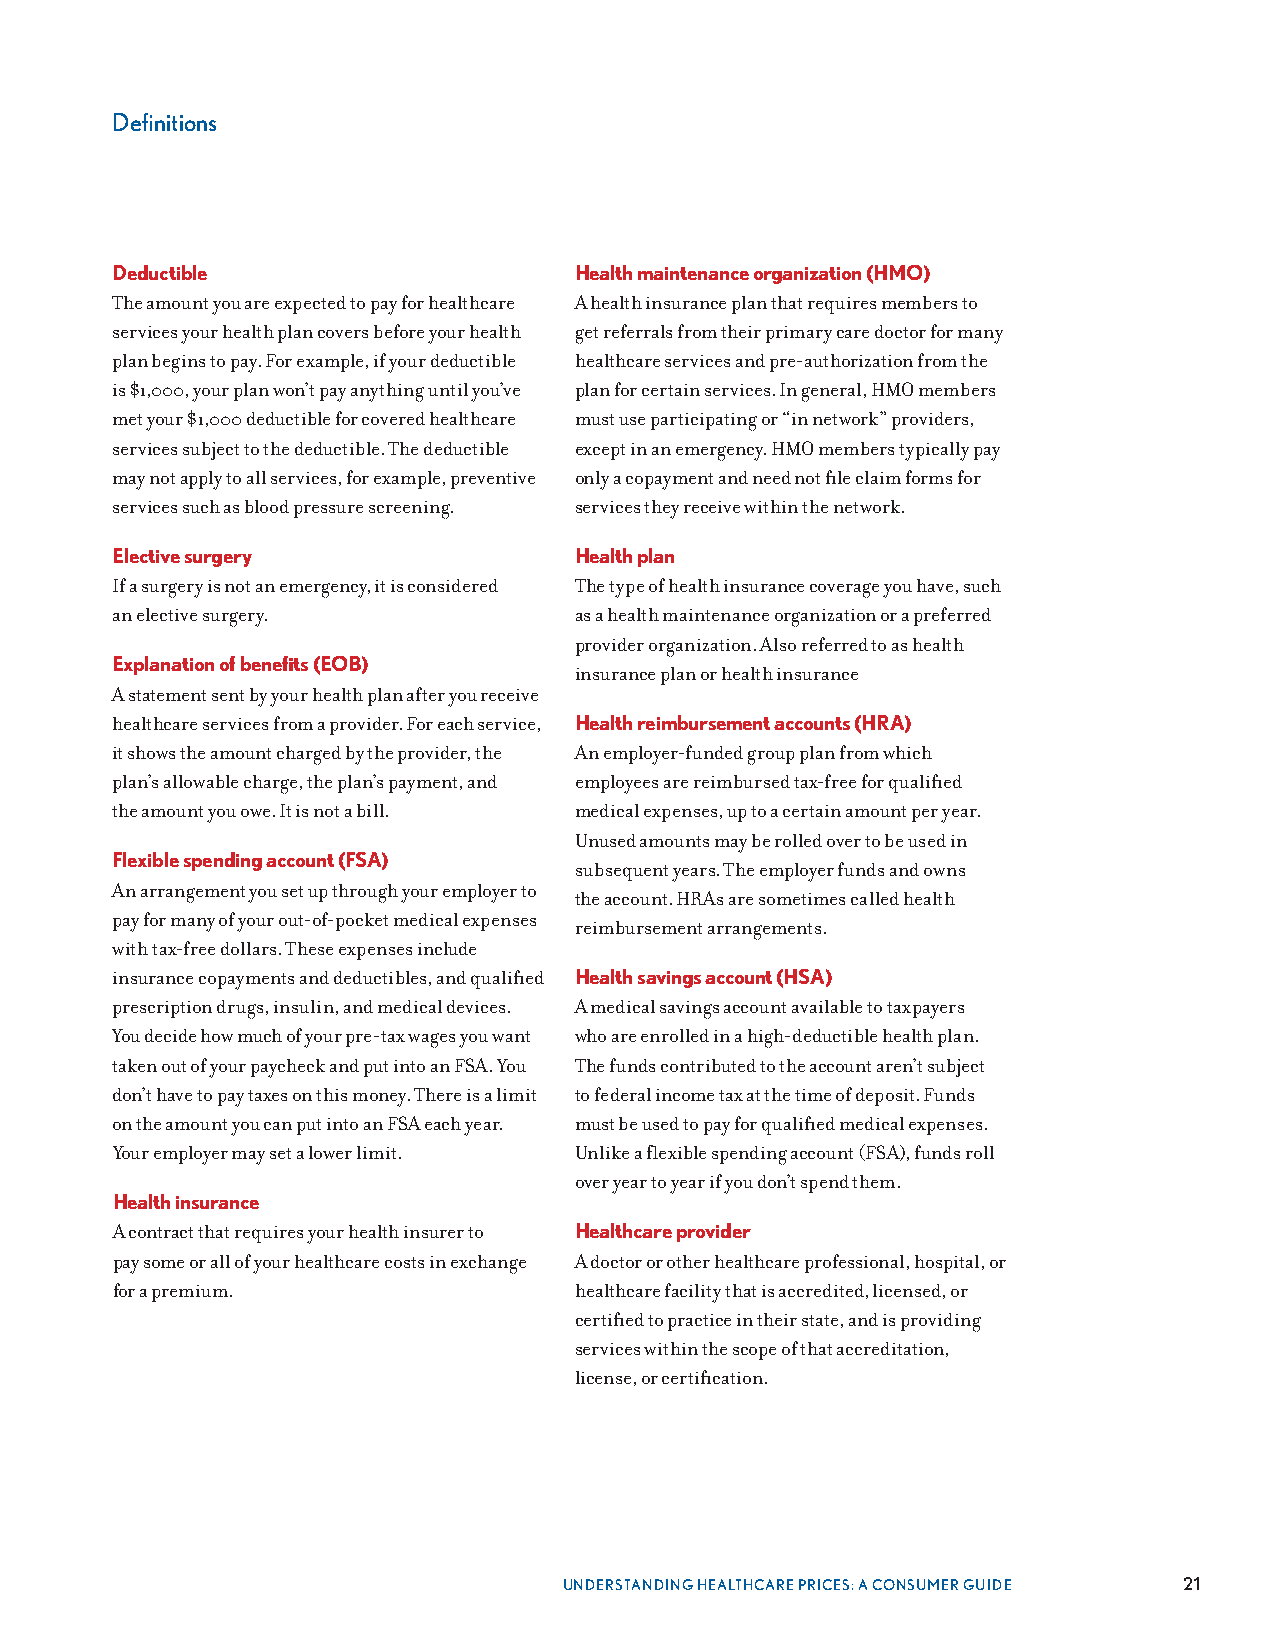
Definitions
 Deductible                     Health maintenance organization (HMO)
 The amount you are expected to pay for healthcare A health insurance plan that requires members to
 services your health plan covers before your health get referrals from their primary care doctor for many
 plan begins to pay . For example, if your deductible healthcare services and pre-authorization from the
 is $1,000, your plan won’t pay anything until you’ve plan for certain services . In general, HMO members
 met your $1,000 deductible for covered healthcare must use participating or “in network” providers,
 services subject to the deductible . The deductible except in an emergency . HMO members typically pay
 may not apply to all services, for example, preventive only a copayment and need not file claim forms for
 services such as blood pressure screening . services they receive within the network .
 Elective surgery               Health plan
 If a surgery is not an emergency, it is considered The type of health insurance coverage you have, such
 an elective surgery .          as a health maintenance organization or a preferred
 provider organization . Also referred to as health
 Explanation of benefits (EOB)
 insurance plan or health insurance
 A statement sent by your health plan after you receive
 healthcare services from a provider . For each service, Health reimbursement accounts (HRA)
 it shows the amount charged by the provider, the An employer-funded group plan from which
 plan’s allowable charge, the plan’s payment, and employees are reimbursed tax-free for qualified
 the amount you owe . It is not a bill . medical expenses, up to a certain amount per year .
 Unused amounts may be rolled over to be used in
 Flexible spending account (FSA)
 subsequent years . The employer funds and owns
 An arrangement you set up through your employer to
 the account . HRAs are sometimes called health
 pay for many of your out-of-pocket medical expenses
 reimbursement arrangements .
 with tax-free dollars . These expenses include
 insurance copayments and deductibles, and qualified Health savings account (HSA)
 prescription drugs, insulin, and medical devices . A medical savings account available to taxpayers
 You decide how much of your pre-tax wages you want who are enrolled in a high-deductible health plan .
 taken out of your paycheck and put into an FSA . You The funds contributed to the account aren’t subject
 don’t have to pay taxes on this money . There is a limit to federal income tax at the time of deposit . Funds
 on the amount you can put into an FSA each year . must be used to pay for qualified medical expenses .
 Your employer may set a lower limit . Unlike a flexible spending account (FSA), funds roll
 over year to year if you don’t spend them .
 Health insurance
 A contract that requires your health insurer to Healthcare provider
 pay some or all of your healthcare costs in exchange A doctor or other healthcare professional, hospital, or
 for a premium .                healthcare facility that is accredited, licensed, or
 certified to practice in their state, and is providing
 services within the scope of that accreditation,
 license, or certification .
 UNDERSTANDING HEALTHCARE PRICES: A CONSUMER GUIDE 21